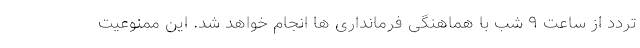
تردد از ساعت ۹ شب با هماهنگی فرمانداری ها انجام خواهد شد. این ممنوعیت